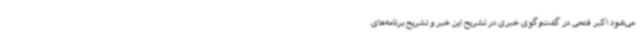
می‌شود اکبر فتحی در گفت‌وگوی خبری در تشریح این خبر و تشریح برنامه‌های